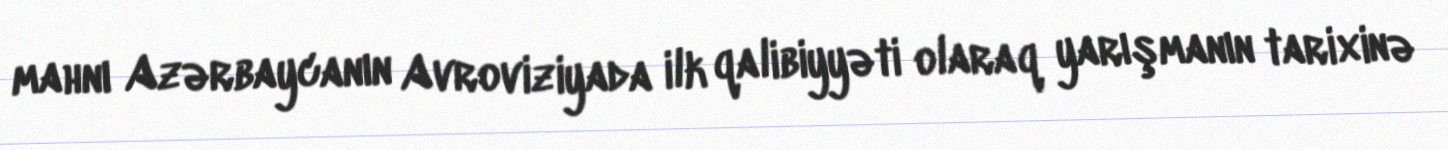
mahnı Azərbaycanın Avroviziyada ilk qalibiyyəti olaraq yarışmanın tarixinə